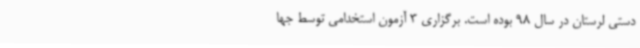
دستی لرستان در سال 98 بوده است. برگزاری 3 آزمون استخدامی توسط جها